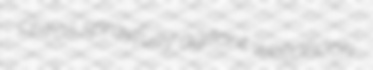
chiros sprayfully agitant weedhook